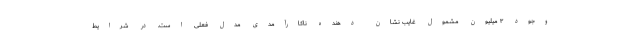
وجود ۳ میلیون مشمول غایب نشان دهنده ناکارآمدی مدل فعلی است. در شرایط